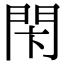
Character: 𨳲